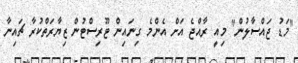
"މަޑު ޖައްސާލުން" މިއީ ރާއްޖެ އަށް އެންމެ ގިނައިން ޓޫރިސްޓުން ޒިޔާރަތްކުރާ ޗައިނާ